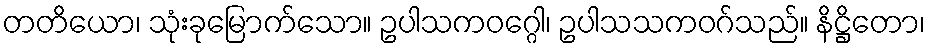
တတိယော၊ သုံးခုမြောက်သော။ ဥပါသကဝဂ္ဂေါ၊ ဥပါသသကဝဂ်သည်။ နိဋ္ဌိတော၊